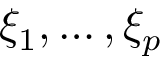
\xi _ { 1 } , \dotsc , \xi _ { p }